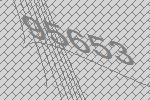
95653